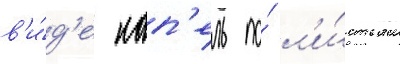
в'и́д'е кап'ель по́ л'и́стьям